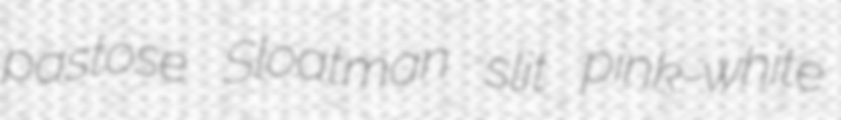
pastose Sloatman slit pink-white